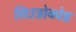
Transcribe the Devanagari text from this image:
सिउडोकोड